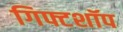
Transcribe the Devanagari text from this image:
गिफ्टशॉप